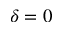
\delta = 0